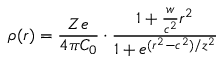
\rho ( r ) = \frac { Z e } { 4 \pi C _ { 0 } } \cdot \frac { 1 + \frac { w } { c ^ { 2 } } r ^ { 2 } } { 1 + e ^ { ( r ^ { 2 } - c ^ { 2 } ) / z ^ { 2 } } }